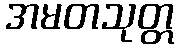
အမတသုတ္တ